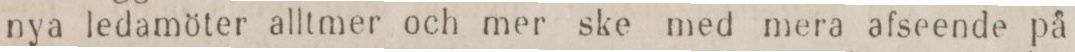
nya ledamöter alltmer och mer ske med mera afseende på